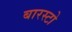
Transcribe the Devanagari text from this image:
बारस्टो